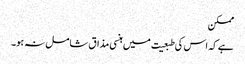
ممکن
ہے کہ اس کی طبعیت میں ہنسی مذاق شامل نہ ہو۔